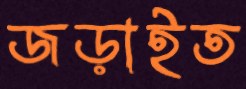
জড়াইত